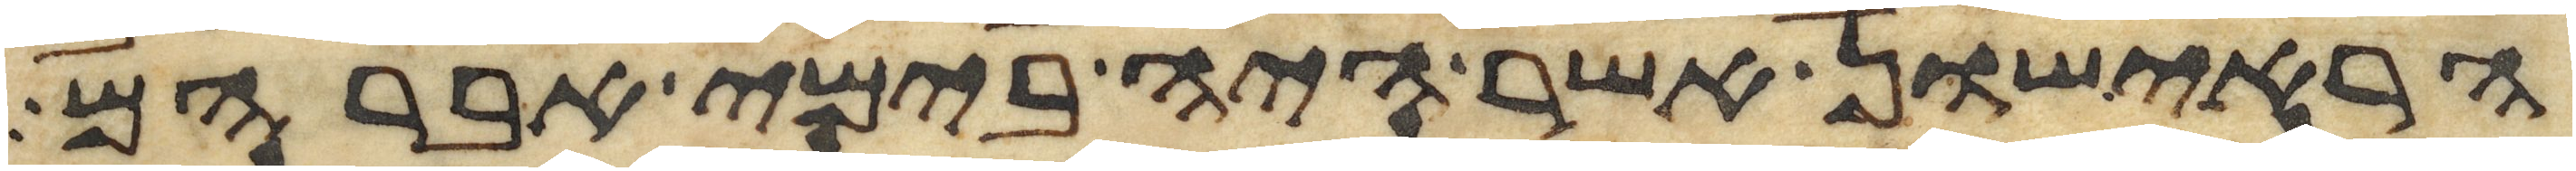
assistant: הראישון אשר היה בימי אברהם